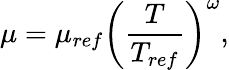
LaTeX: \mu=\mu_{ref}\left(\frac{T}{T_{ref}}\right)^{{\omega}},